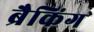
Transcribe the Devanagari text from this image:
ब्रैकिंग